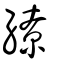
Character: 繚